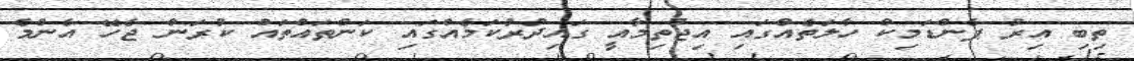
ތިބި އިރު ޕެންޑަމިކް ހާލަތެއްގައި އިޖުތިމާއީ ގައިދުރުކަމެއްގައި ކަންތައްތައް ކުރަން ޖެހޭ އެންމެ